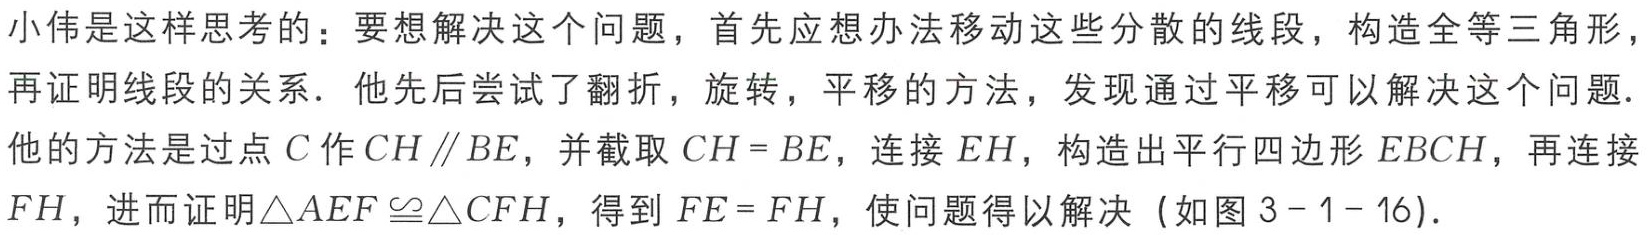
小伟是这样思考的：要想解决这个问题，首先应想办法移动这些分散的线段，构造全等三角形，再证明线段的关系．他先后尝试了翻折，旋转，平移的方法，发现通过平移可以解决这个问题．他的方法是过点\(C\)作\(CH \parallel BE\)，并截取\(CH = BE\)，连接\(EH\)，构造出平行四边形\(EBCH\)，再连接\(FH\)，进而证明\(\triangle AEF\cong\triangle CFH\)，得到\(FE = FH\)，使问题得以解决（如图\(3 - 1 - 16\)）．